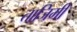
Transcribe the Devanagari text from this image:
ताजिमी